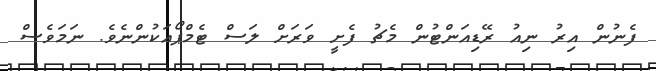
ފެނުން އިރު ނިއު ރޭޑިއަންޓުން މެޗު ފެށީ ވަރަށް ލަސް ޓެމްޕޯއަކުންނެވެ. ނަމަވެސް